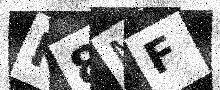
Text: K8MF